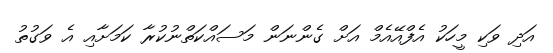
އަދި ވަކި މީހަކު އެފްއޭއެމް އަށް ގެންނަން މަސައްކަތްނުކުރާ ކަމަށާއި އެ ވަގުތު